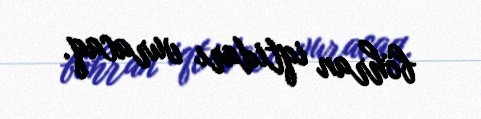
böhran iqtidarı vuracaq.